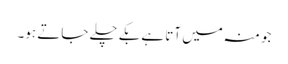
جو منہ میں آتا ہے بکے چلے جاتے ہو۔